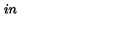
\hspace { 1 i n }